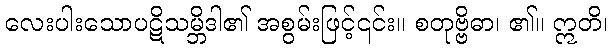
လေးပါးသောပဋိသမ္ဘိဒါ၏ အစွမ်းဖြင့်၎င်း။ စတုဗ္ဗိဓာ၊ ၏။ ဣတိ၊